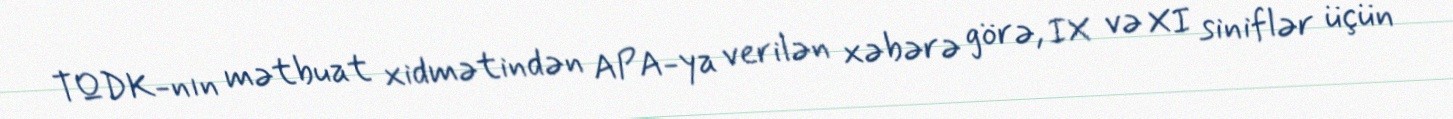
TQDK-nın mətbuat xidmətindən APA-ya verilən xəbərə görə, IX və XI siniflər üçün